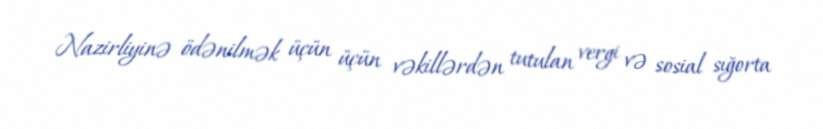
Nazirliyinə ödənilmək üçün üçün vəkillərdən tutulan vergi və sosial sığorta